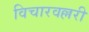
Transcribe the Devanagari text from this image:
विचारवल्लरी